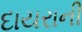
દાયરાની